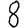
Digit: 8